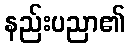
နည်းပညာ၏